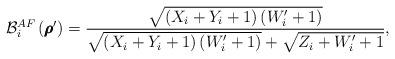
LaTeX: \begin{align*}{{\mathcal B}_i^{AF}}\left({\pmb \rho}^\prime \right) =\frac{{\sqrt {{\left( {{X_i} + {Y_i} + 1} \right)\left( {{W_i^\prime} + 1} \right)}} }}{{\sqrt {\left( {{X_i} + {Y_i} + 1} \right)\left( {{W_i^\prime} + 1} \right)} + \sqrt {Z_i +W_i^\prime+1} }},\end{align*}